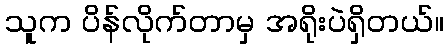
သူက ပိန်လိုက်တာမှ အရိုးပဲရှိတယ်။